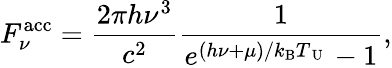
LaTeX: F_{\nu}^{\mathrm{acc}}=\frac{2\pi h\nu^{3}}{c^{2}}\frac{1}{e^{(h\nu+\mu)/k_{\mathrm{B}}T_{\mathrm{~U~}}}-1},